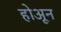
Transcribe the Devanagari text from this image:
होअून